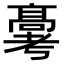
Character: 𬴗